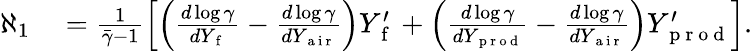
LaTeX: \begin{array}{rl}{\aleph_{1}}&{{}=\frac{1}{\bar{\gamma}-1}\left[\left(\frac{d\log\gamma}{dY_{\mathrm{~f~}}}-\frac{d\log\gamma}{dY_{\mathrm{~a~i~r~}}}\right)Y_{\mathrm{~f~}}^{\prime}+\left(\frac{d\log\gamma}{dY_{\mathrm{~p~r~o~d~}}}-\frac{d\log\gamma}{dY_{\mathrm{~a~i~r~}}}\right)Y_{\mathrm{~p~r~o~d~}}^{\prime}\right].}\end{array}